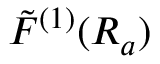
\tilde { F } ^ { ( 1 ) } ( R _ { a } )